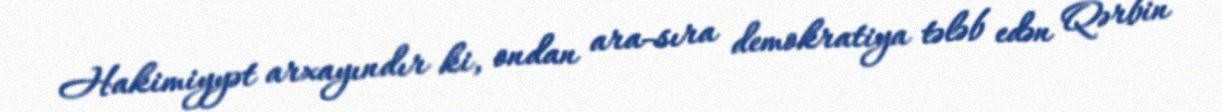
Hakimiyyət arxayındır ki, ondan ara-sıra demokratiya tələb edən Qərbin